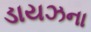
ડાયઝના